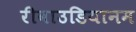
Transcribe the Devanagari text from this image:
रीबाउडियानम